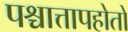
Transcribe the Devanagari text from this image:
पश्चात्तापहोतो